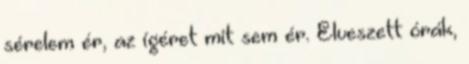
sérelem ér, az ígéret mit sem ér. Elveszett órák,